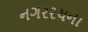
નગરરચના